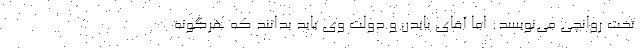
تخت روانچی می‌نویسد: اما آقای بایدن و دولت وی باید بدانند که هرگونه